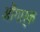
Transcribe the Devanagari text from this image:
औंगार्क